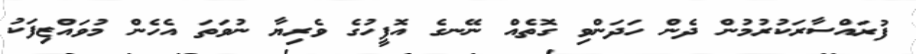
ފުރައްސާރަކުރުމުން ދެން ހަދަންވި ގޮތެއް ނޭނގެ އޮފީހުގެ ވެރިޔާ ނުވަތަ އެހެން މުވައްޒިފަކު